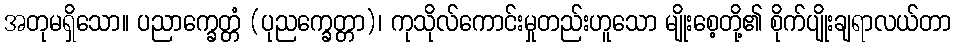
အတုမရှိသော။ ပညာက္ခေတ္တံ (ပုညက္ခေတ္တာ)၊ ကုသိုလ်ကောင်းမှုတည်းဟူသော မျိုးစေ့တို့၏ စိုက်ပျိုးချရာလယ်တာ